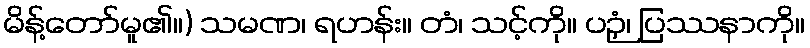
မိန့်တော်မူ၏။) သမဏ၊ ရဟန်း။ တံ၊ သင့်ကို။ ပဉှံ၊ ပြဿနာကို။